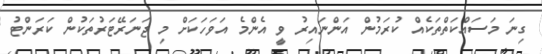
ގިނަ މަސައްކަތްތަކެއް ކުރަމުން އަންނައިރު ވީ އެންމެ އަވަހަކަށް މި ޖަނަރޭޓަރުތަކުން ކަރަންޓު